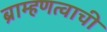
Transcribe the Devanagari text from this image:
ब्राम्हणत्वाची